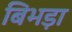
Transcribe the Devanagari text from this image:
बिभड़ा